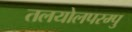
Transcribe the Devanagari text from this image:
तलयोलपरम्पु